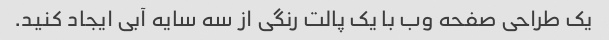
یک طراحی صفحه وب با یک پالت رنگی از سه سایه آبی ایجاد کنید.